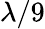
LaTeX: \lambda/9